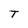
Character: T